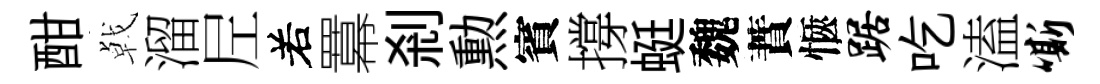
酣㦸溜𡰱𠰥羃剎勲賓撐蜓魏蕡愜踞吃溘嘶